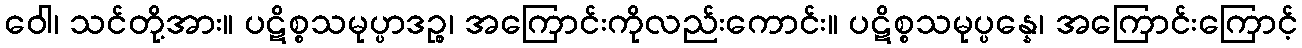
ဝေါ၊ သင်တို့အား။ ပဋိစ္စသမုပ္ပာဒဉ္စ၊ အကြောင်းကိုလည်းကောင်း။ ပဋိစ္စသမုပ္ပန္နေ၊ အကြောင်းကြောင့်